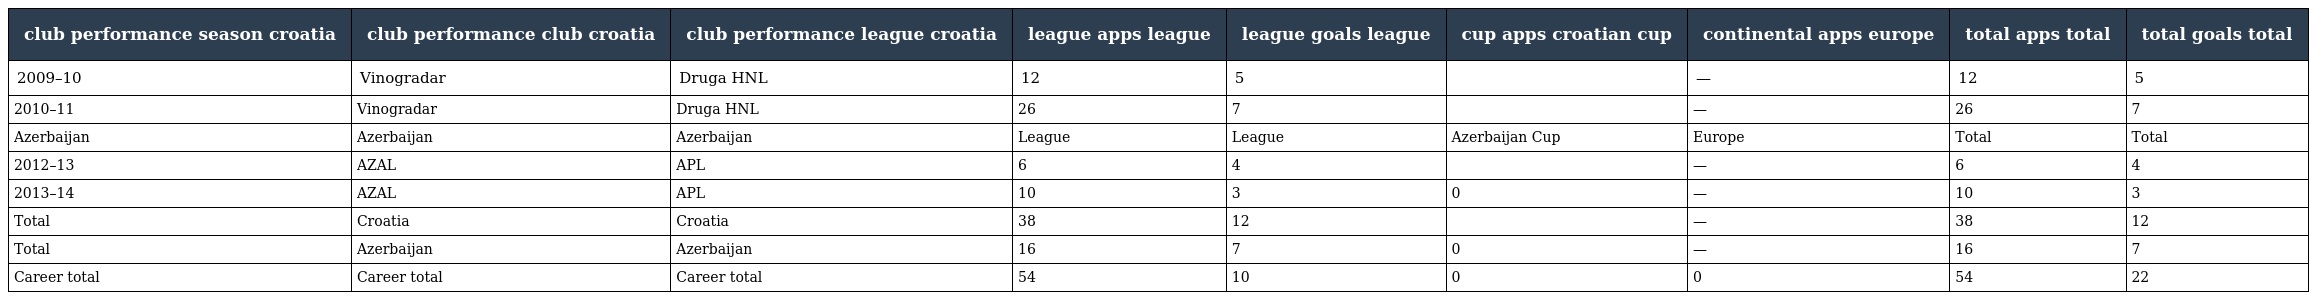
| club performance season croatia | club performance club croatia | club performance league croatia | league apps league | league goals league | cup apps croatian cup | continental apps europe | total apps total | total goals total |
 | --- | --- | --- | --- | --- | --- | --- | --- | --- |
 | 2009–10 | Vinogradar | Druga HNL | 12 | 5 |  | — | 12 | 5 |
 | 2010–11 | Vinogradar | Druga HNL | 26 | 7 |  | — | 26 | 7 |
 | Azerbaijan | Azerbaijan | Azerbaijan | League | League | Azerbaijan Cup | Europe | Total | Total |
 | 2012–13 | AZAL | APL | 6 | 4 |  | — | 6 | 4 |
 | 2013–14 | AZAL | APL | 10 | 3 | 0 | — | 10 | 3 |
 | Total | Croatia | Croatia | 38 | 12 |  | — | 38 | 12 |
 | Total | Azerbaijan | Azerbaijan | 16 | 7 | 0 | — | 16 | 7 |
 | Career total | Career total | Career total | 54 | 10 | 0 | 0 | 54 | 22 |